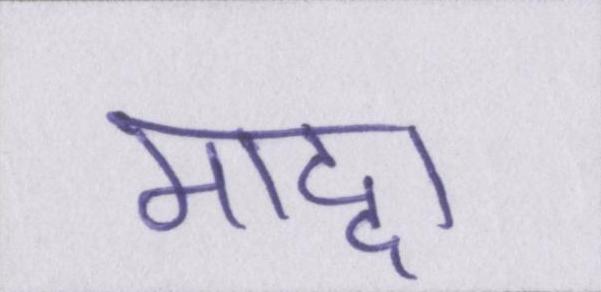
माद्दा